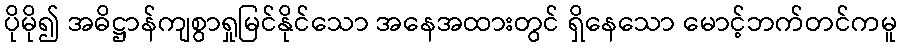
ပိုမို၍ အဓိဋ္ဌာန်ကျစွာရှုမြင်နိုင်သော အနေအထားတွင် ရှိနေသော မောင့်ဘက်တင်ကမူ